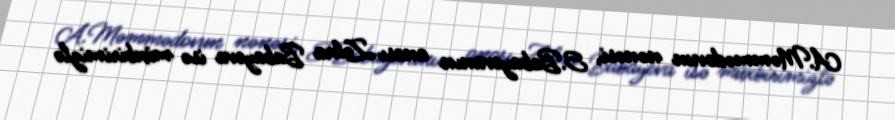
A.Məmmədovun nənəsi, S.Babayevanın anası Zəhra Babayeva isə müxbirimizlə